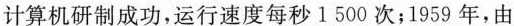
计算机研制成功，运行速度每秒1500次；1959年，由